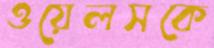
ওয়েলসকে